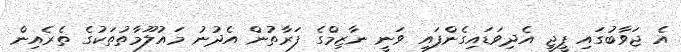
އެ ޖަވާބުގައި ޕީޖީ އެދިވަޑައިގެންފައި ވަނީ ނާޒިމްގެ ފަރާތުން އެދުނު މައުލޫމާތުތަކުގެ ތެރެއިން